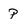
Character: P